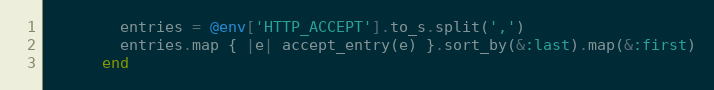
Language: Ruby
        entries = @env['HTTP_ACCEPT'].to_s.split(',')
        entries.map { |e| accept_entry(e) }.sort_by(&:last).map(&:first)
      end